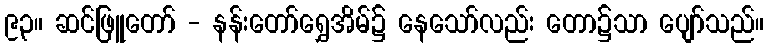
၉၃။ ဆင်ဖြူတော် - နန်းတော်ရွှေအိမ်၌ နေသော်လည်း တော၌သာ ပျော်သည်။